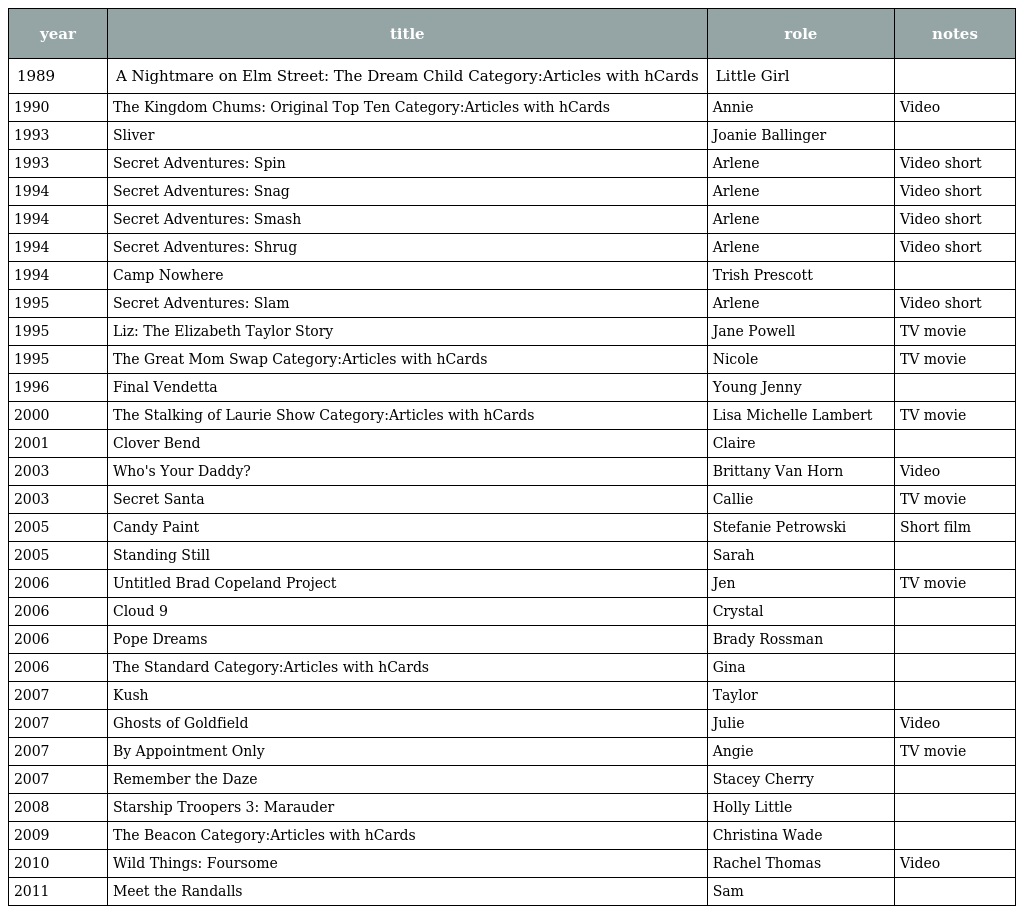
| year | title | role | notes |
 | --- | --- | --- | --- |
 | 1989 | A Nightmare on Elm Street: The Dream Child Category:Articles with hCards | Little Girl |  |
 | 1990 | The Kingdom Chums: Original Top Ten Category:Articles with hCards | Annie | Video |
 | 1993 | Sliver | Joanie Ballinger |  |
 | 1993 | Secret Adventures: Spin | Arlene | Video short |
 | 1994 | Secret Adventures: Snag | Arlene | Video short |
 | 1994 | Secret Adventures: Smash | Arlene | Video short |
 | 1994 | Secret Adventures: Shrug | Arlene | Video short |
 | 1994 | Camp Nowhere | Trish Prescott |  |
 | 1995 | Secret Adventures: Slam | Arlene | Video short |
 | 1995 | Liz: The Elizabeth Taylor Story | Jane Powell | TV movie |
 | 1995 | The Great Mom Swap Category:Articles with hCards | Nicole | TV movie |
 | 1996 | Final Vendetta | Young Jenny |  |
 | 2000 | The Stalking of Laurie Show Category:Articles with hCards | Lisa Michelle Lambert | TV movie |
 | 2001 | Clover Bend | Claire |  |
 | 2003 | Who's Your Daddy? | Brittany Van Horn | Video |
 | 2003 | Secret Santa | Callie | TV movie |
 | 2005 | Candy Paint | Stefanie Petrowski | Short film |
 | 2005 | Standing Still | Sarah |  |
 | 2006 | Untitled Brad Copeland Project | Jen | TV movie |
 | 2006 | Cloud 9 | Crystal |  |
 | 2006 | Pope Dreams | Brady Rossman |  |
 | 2006 | The Standard Category:Articles with hCards | Gina |  |
 | 2007 | Kush | Taylor |  |
 | 2007 | Ghosts of Goldfield | Julie | Video |
 | 2007 | By Appointment Only | Angie | TV movie |
 | 2007 | Remember the Daze | Stacey Cherry |  |
 | 2008 | Starship Troopers 3: Marauder | Holly Little |  |
 | 2009 | The Beacon Category:Articles with hCards | Christina Wade |  |
 | 2010 | Wild Things: Foursome | Rachel Thomas | Video |
 | 2011 | Meet the Randalls | Sam |  |